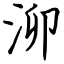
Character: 泖